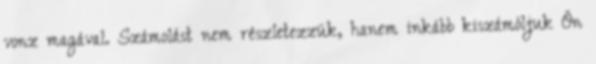
vonz magával. Számolást nem részletezzük, hanem inkább kiszámóljuk Ön